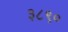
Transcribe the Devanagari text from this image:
३८९०